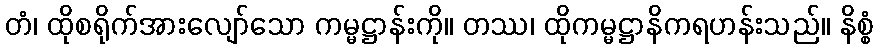
တံ၊ ထိုစရိုက်အားလျော်သော ကမ္မဋ္ဌာန်းကို။ တဿ၊ ထိုကမ္မဋ္ဌာနိကရဟန်းသည်။ နိစ္စံ